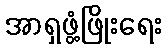
အာရှဖွံ့ဖြိုးရေး